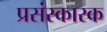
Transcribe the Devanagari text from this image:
प्रसंस्कारक